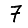
Digit: 7